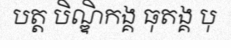
បត្ត បិណ្ឌិកង្គ ធុតង្គ បុ